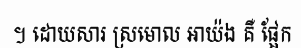
។ ដោយសារ ស្រមោល អាយ៉ង គឺ ផ្អែក